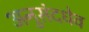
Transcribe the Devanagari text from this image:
अनुसंदधेव